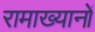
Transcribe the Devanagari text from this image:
रामाख्यानों